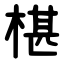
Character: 椹